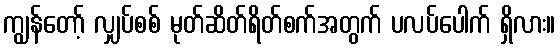
ကျွန်တော့် လျှပ်စစ် မုတ်ဆိတ်ရိတ်စက်အတွက် ပလပ်ပေါက် ရှိလား။